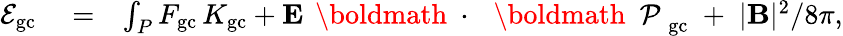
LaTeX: \begin{array}{rlr}{{\cal E}_{\mathrm{gc}}}&{{}=}&{\int_{P}F_{\mathrm{gc}}\, K_{\mathrm{gc}}+{\mathbf E}\, \mathrm{~\boldmath~\cdot~}\, \mathrm{~\boldmath~\cal~P~}_{\mathrm{gc}}\; +\; |{\mathbf B}|^{2}/8\pi,}\end{array}